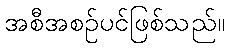
အစီအစဉ်ပင်ဖြစ်သည်။